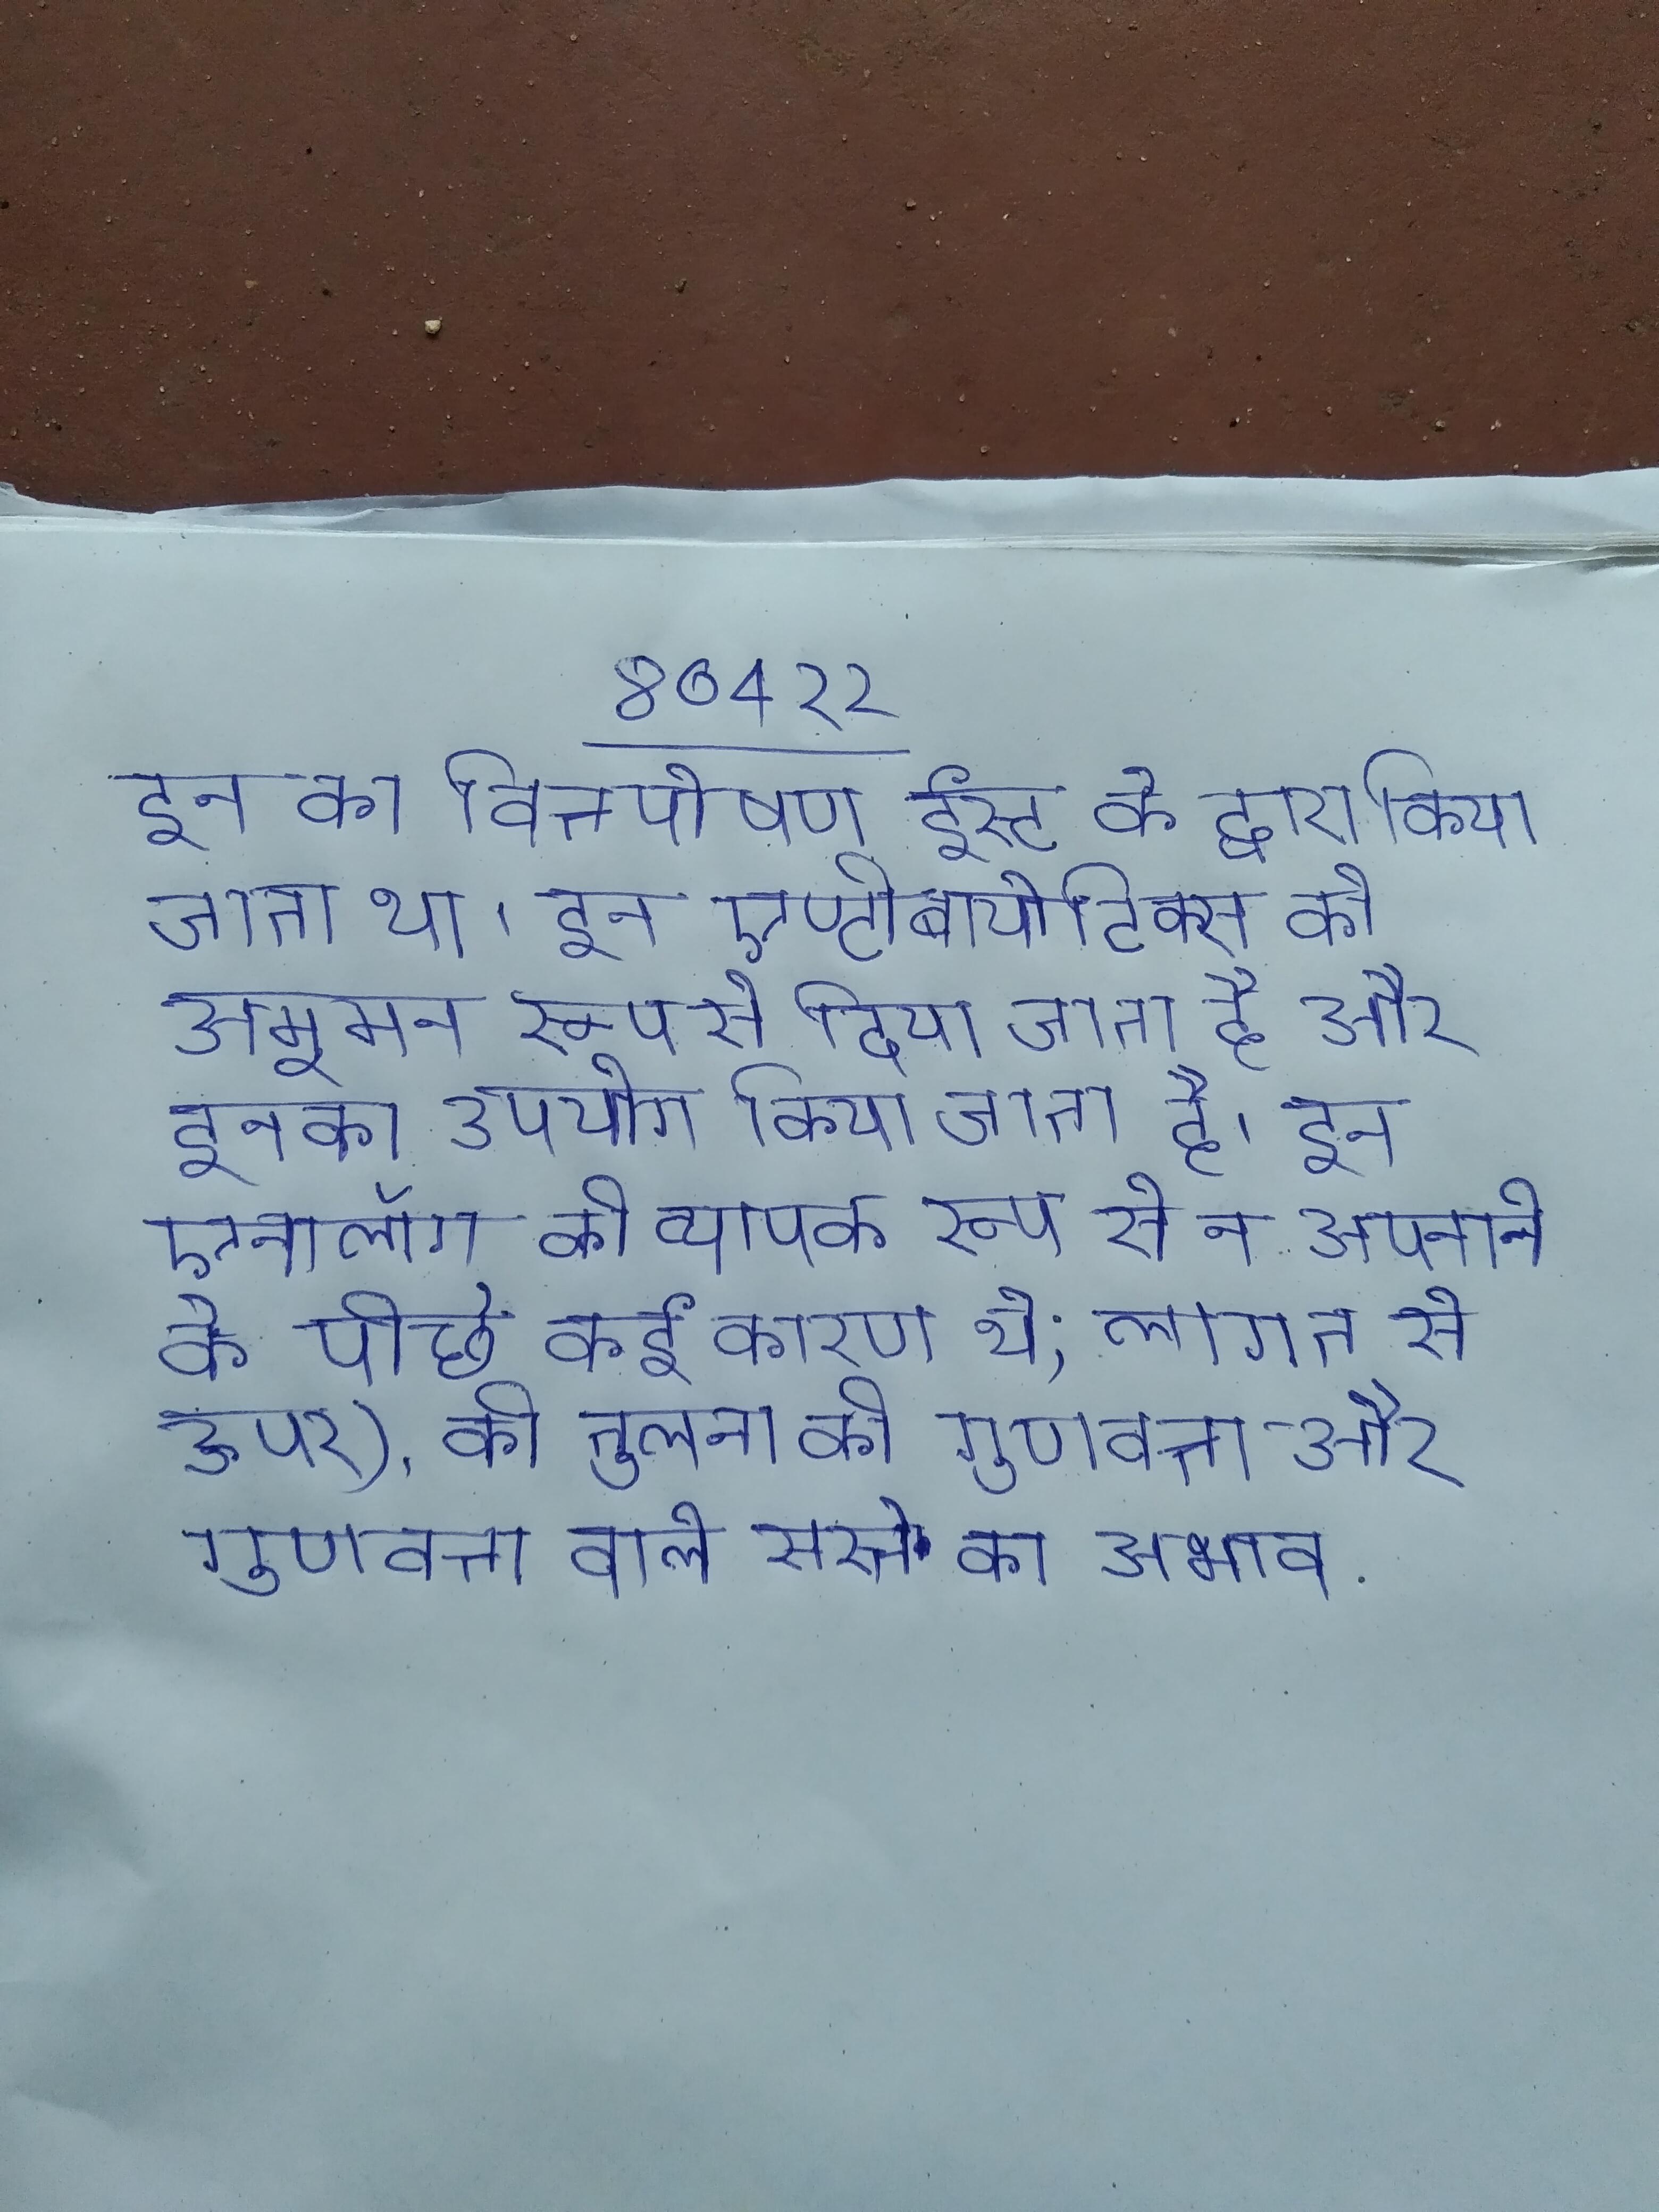
इन का वित्तपोषण ईस्ट के द्वारा किया जाता था । इन एण्टीबायोटिक्स को अमूमन रूप से दिया जाता है और इनका उपयोग किया जाता है । इन एनालॉग को व्यापक रूप से न अपनाने के पीछे कई कारण थे; लागत से ऊपर), की तुलना की गुणवत्ता और गुणवत्ता वाले सस्ते का अभाव .